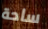
ساحة